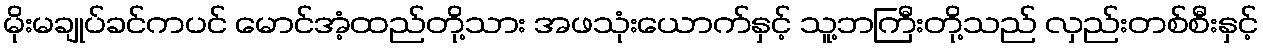
မိုးမချုပ်ခင်ကပင် မောင်အံ့ထည်တို့သား အဖသုံးယောက်နှင့် သူ့ဘကြီးတို့သည် လှည်းတစ်စီးနှင့်